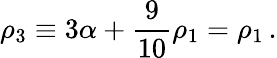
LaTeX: \rho_{3}\equiv 3\alpha+{\frac{9}{10}}\rho_{1}=\rho_{1}\, .